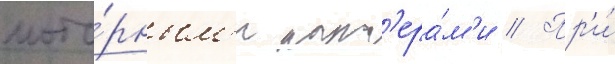
мото́рным'и кат'ера́м'и // Пр'и́